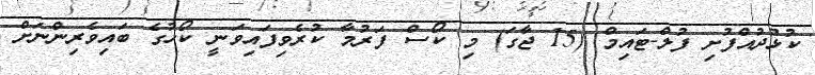
ކުޅުދުއްފުށި ފުލް-ޓައިމް (15 ޖާގަ) މި ކޯސް ފަރުމާ ކުރެވިފައިވަނީ ކޯހުގެ ބައިވެރިންނަށް